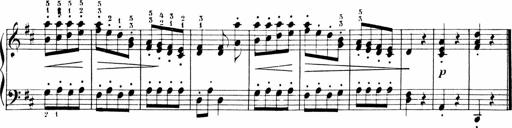
Title: Sonatinen Op.47, 98 und 136, nebst 6 Liedersonatinen
Composer: Carl Reinecke